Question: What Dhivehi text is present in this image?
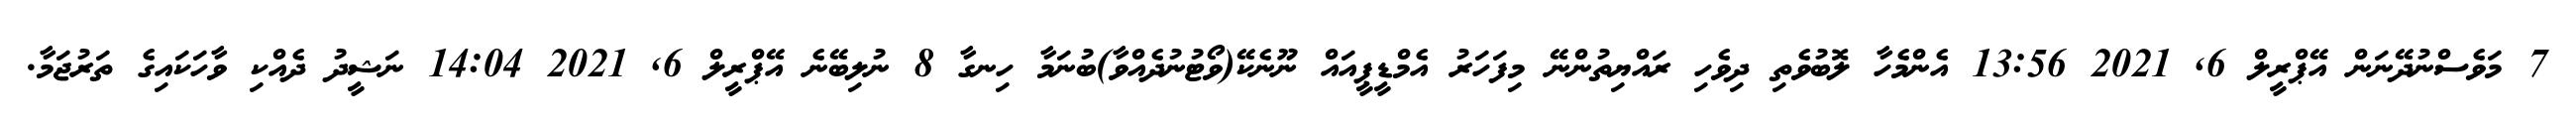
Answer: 7 މަވެސްނުދޭނަން އޭޕްރީލް 6, 2021 13:56 އެންމެހާ ލޮބުވެތި ދިވެހި ރައްޔިތުންނޭ މިފަހަރު އެމްޑީޕީއައް ނޫނެކޭ(ވޯޓުނުދެއްވާ)ބުނަމާ ހިނގާ 8 ނުލިބޭނެ އޭޕްރީލް 6, 2021 14:04 ނަޝީދު ދެއްކި ވާހަކައިގެ ތަރުޖަމާ.